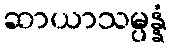
ဆာယာသမ္ပန္နံ